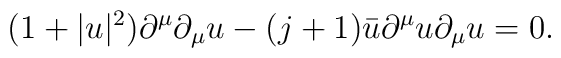
(1+|u|^2)\partial^{\mu}\partial_{\mu}u        -(j+1)\bar{u}\partial^{\mu}u\partial_{\mu}u =0.